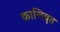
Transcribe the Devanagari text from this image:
क्रान्तिवृत